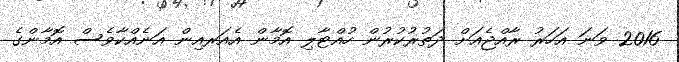
2016 ވަނަ އަހަރު ރާއްޖެއަށް ދަތުރުކުރުން ހުއްޓާލި އޮމާން އެއަރއިން އަނެއްކާވެސް އޮމާންގެ